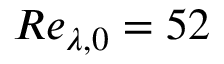
R e _ { \lambda , 0 } = 5 2